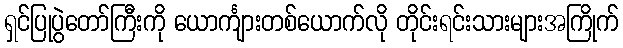
ရှင်ပြုပွဲတော်ကြီးကို ယောင်္ကျားတစ်ယောက်လို တိုင်းရင်းသားများအကြိုက်